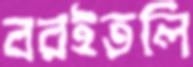
বরইতলি